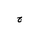
Letter: _gim